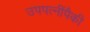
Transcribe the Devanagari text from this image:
उपपत्‍नींपैकी